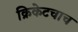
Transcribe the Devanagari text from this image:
क्रिकेटचाच